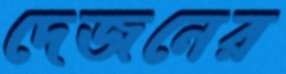
দেজনের